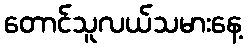
တောင်သူလယ်သမားနေ့